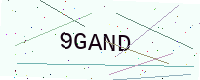
Text: 9GAND